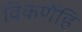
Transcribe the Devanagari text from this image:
विकणेंहि